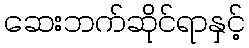
ဆေးဘက်ဆိုင်ရာနှင့်